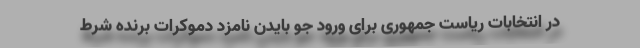
در انتخابات ریاست جمهوری برای ورود جو بایدن نامزد دموکرات برنده شرط